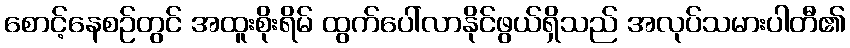
စောင့်နေစဉ်တွင် အထူးစိုးရိမ် ထွက်ပေါ်လာနိုင်ဖွယ်ရှိသည် အလုပ်သမားပါတီ၏